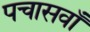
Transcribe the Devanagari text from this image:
पचासवाँ